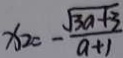
x _ { 2 } = - \frac { \sqrt { 3 a + 3 } } { a + 1 }